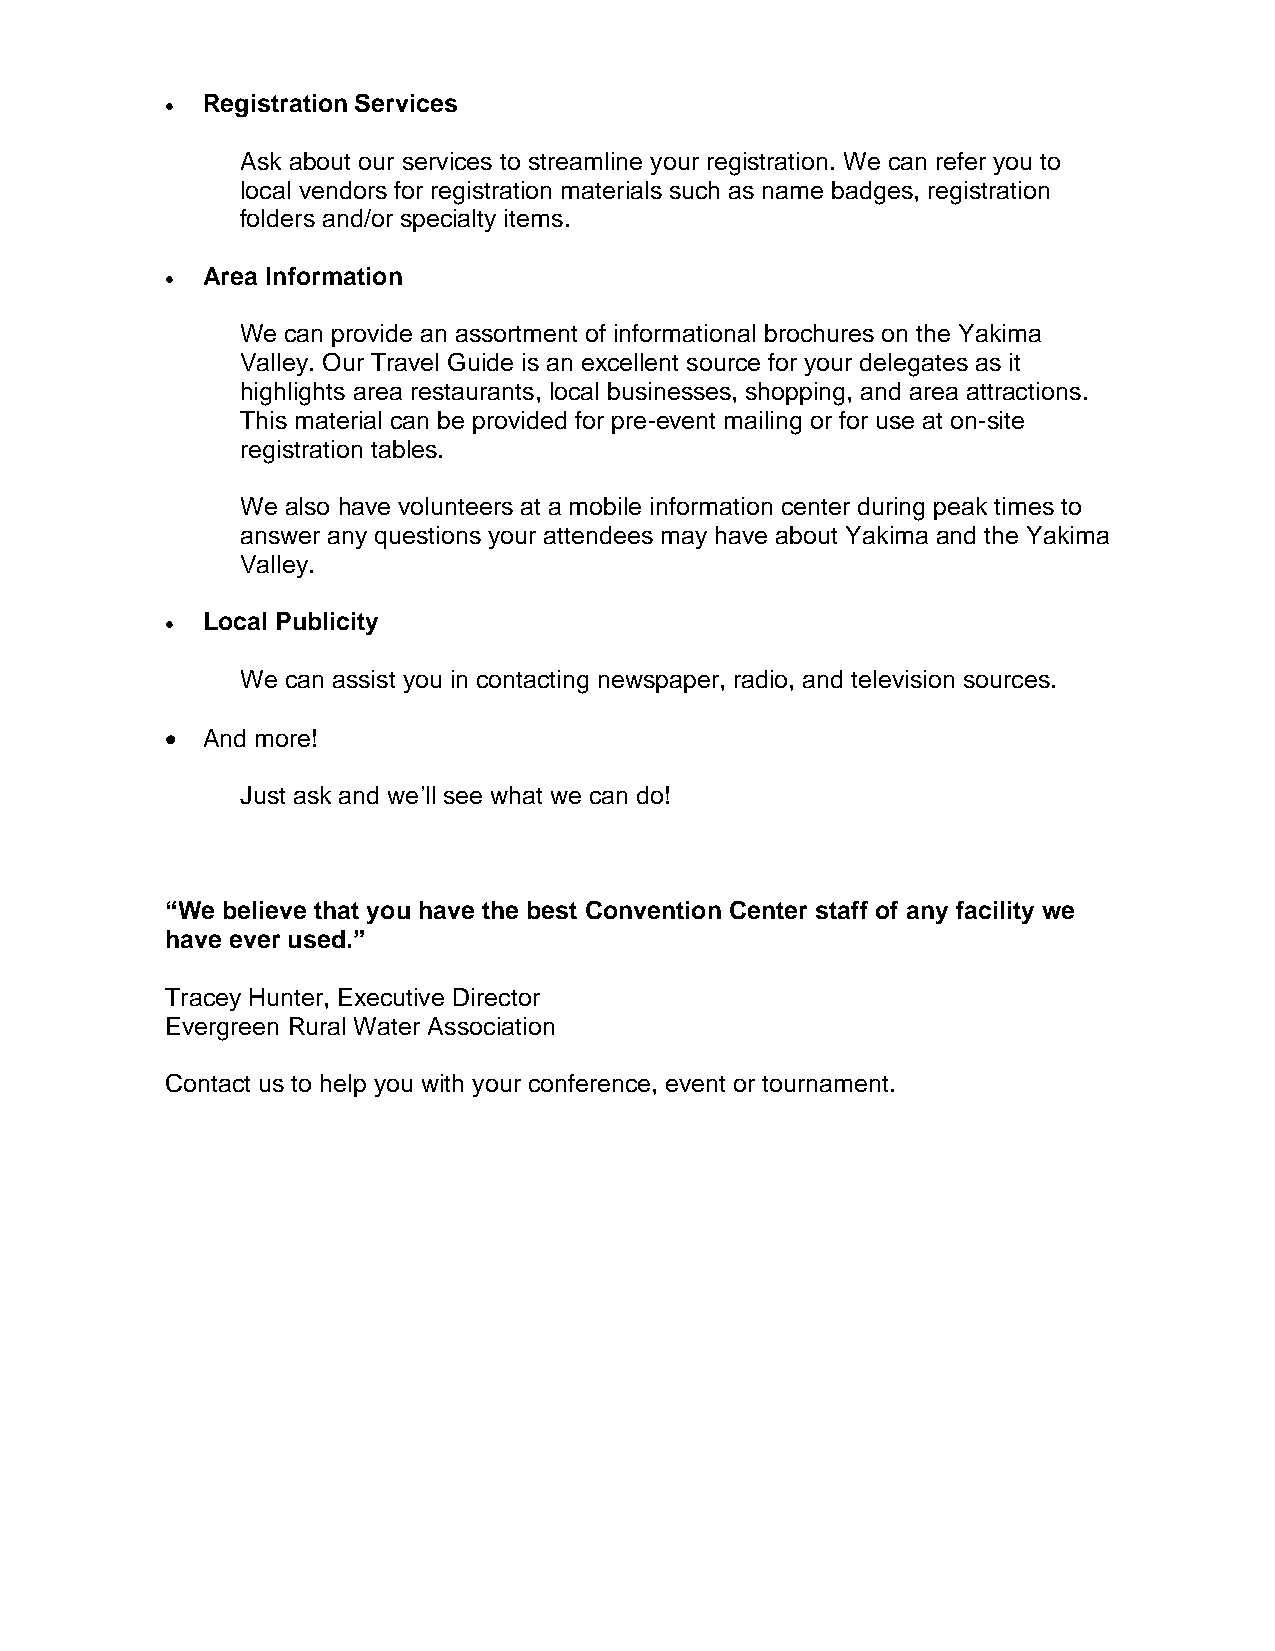
• Registration Services
 Ask about our services to streamline your registration. We can refer you to
 local vendors for registration materials such as name badges, registration
 folders and/or specialty items.
 • Area Information
 We can provide an assortment of informational brochures on the Yakima
 Valley. Our Travel Guide is an excellent source for your delegates as it
 highlights area restaurants, local businesses, shopping, and area attractions.
 This material can be provided for pre-event mailing or for use at on-site
 registration tables.
 We also have volunteers at a mobile information center during peak times to
 answer any questions your attendees may have about Yakima and the Yakima
 Valley.
 • Local Publicity
 We can assist you in contacting newspaper, radio, and television sources.
 • And more!
 Just ask and we’ll see what we can do!
 “We believe that you have the best Convention Center staff of any facility we
 have ever used.”
 Tracey Hunter, Executive Director
 Evergreen Rural Water Association
 Contact us to help you with your conference, event or tournament.